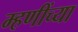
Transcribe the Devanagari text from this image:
म्हणींच्या